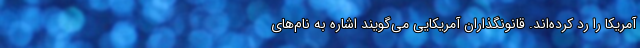
آمریکا را رد کرده‌اند. قانونگذاران آمریکایی می‌گویند اشاره به نام‌های